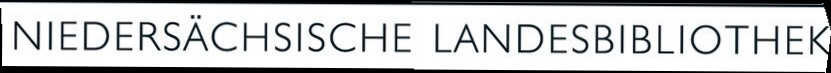
NIEDERSACHSISCHE LANDESBIBLIOTHEK